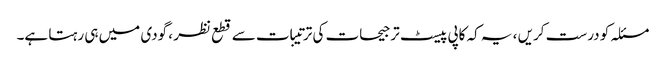
مسئلہ کو درست کریں ، یہ کہ کاپی پیسٹ ترجیحات کی ترتیبات سے قطع نظر ، گودی میں ہی رہتا ہے۔